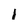
Character: I